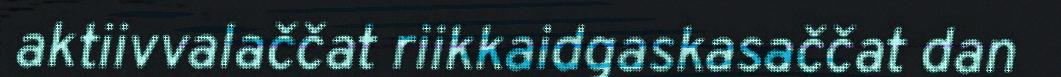
aktiivvalaččat riikkaidgaskasaččat dan